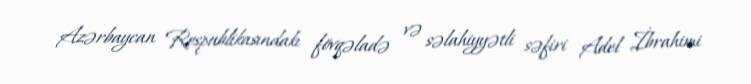
Azərbaycan Respublikasındakı fövqəladə və səlahiyyətli səfiri Adel İbrahimi